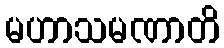
မဟာသမဏာတိ